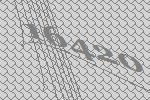
16420